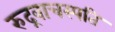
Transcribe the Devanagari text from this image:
रुद्रवाचस्पति